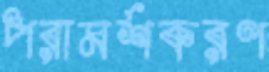
পরামর্শকরণ